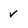
Character: V